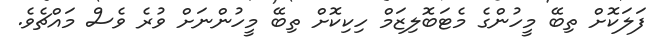
ފަލަކޮށް ތިބޭ މީހުންގެ މެޓަބޮލިޒަމް ހިކިކޮށް ތިބޭ މީހުންނަށް ވުރެ ވެސް މައްޗެވެ.